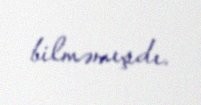
bilməmışdı.